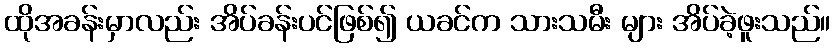
ထိုအခန်းမှာလည်း အိပ်ခန်းပင်ဖြစ်၍ ယခင်က သားသမီး များ အိပ်ခဲ့ဖူးသည်။